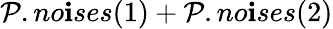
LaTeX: \mathcal{P}.no\mathbf{i}ses(1)+\mathcal{P}.no\mathbf{i}ses(2)